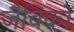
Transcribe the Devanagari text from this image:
जैविकों